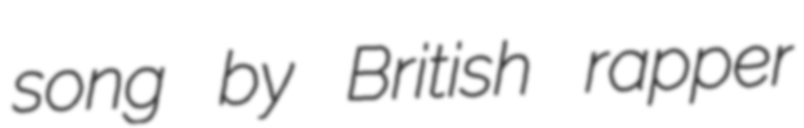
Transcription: song by British rapper